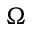
\Omega